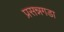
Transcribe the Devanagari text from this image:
प्रसन्नगडा